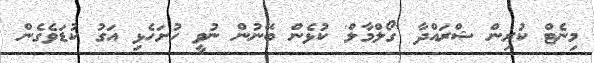
މިނެޓް ކުރިން ޝްރައްދާ 'ގޯލްމާލް' ކުޅެން ބޭނުން ނުވީ ހުށަހެޅި އަގު ކުޑަވެގެން